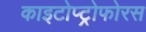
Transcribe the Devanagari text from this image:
काइटोप्ट्रोफोरस